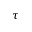
\tau